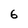
Character: 6